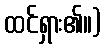
ထင်ရှား၏။)